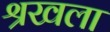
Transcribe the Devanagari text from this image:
श्रखला